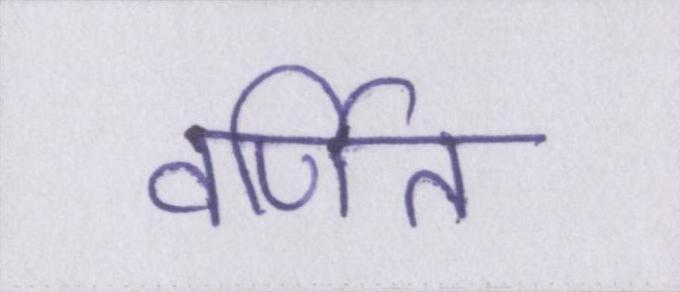
वर्णित